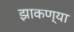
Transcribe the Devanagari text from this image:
झाकण्या